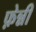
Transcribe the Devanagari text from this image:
फ़ेन्नी